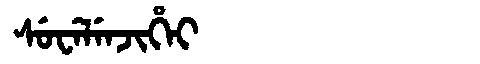
Manchu: ᠰᡠᠸᡝᠯᡝᠨᠵᡳᡥᡝᡳ
Romanization: SUWELENJIHEI